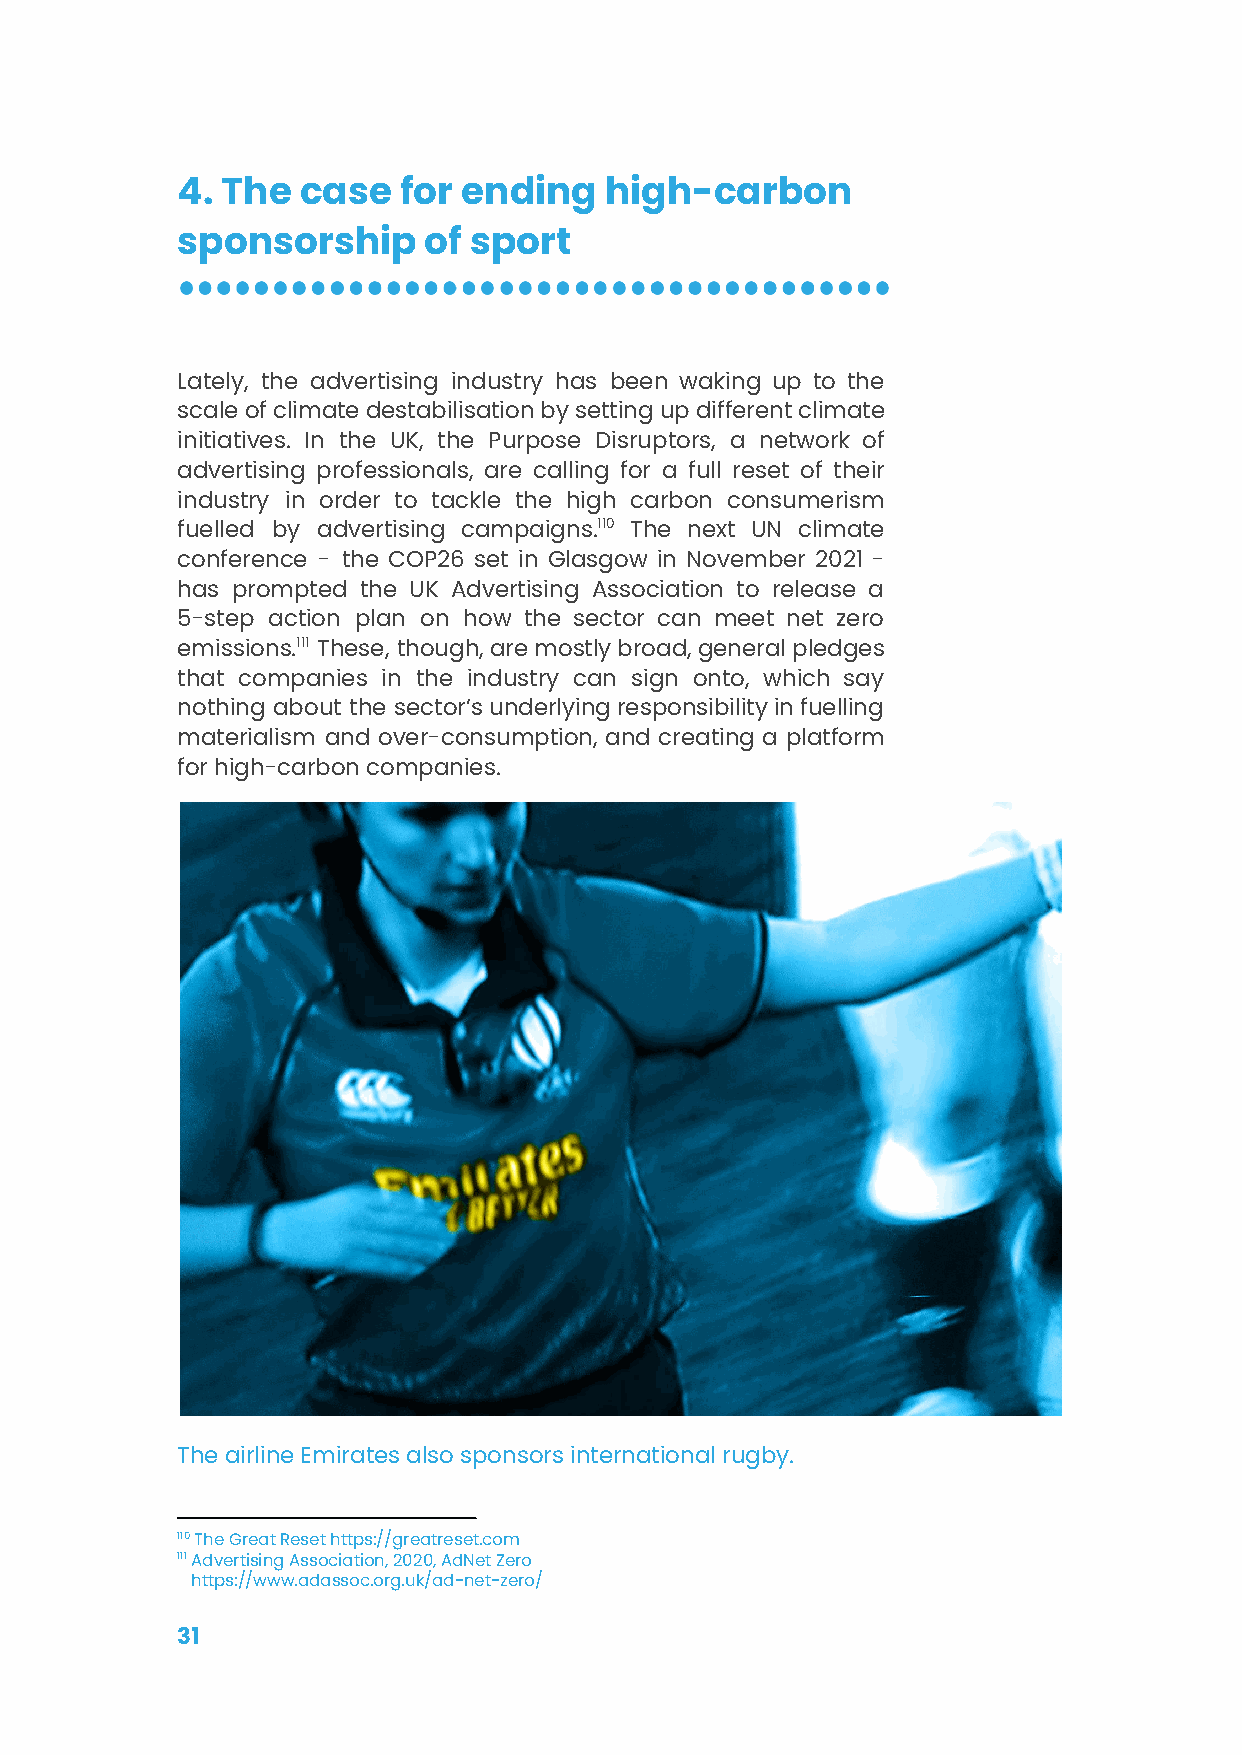
4. The  case  for  ending   high-carbon
 sponsorship     of sport
 Lately, the advertising industry has been waking up to the
 scaleofclimatedestabilisationbysettingupdifferentclimate
 initiatives. In the UK, the Purpose Disruptors, a network of
 advertising professionals, are calling for a full reset of their
 industry in order to tackle the high carbon consumerism
 fuelled by advertising campaigns.110 The next UN climate
 conference - the COP26 set in Glasgow in November 2021 -
 has prompted the UK Advertising Association to release a
 5-step action plan on how the sector can meet net zero
 emissions.111 These, though,aremostlybroad,generalpledges
 that companies in the industry can sign onto, which say
 nothing about the sector’sunderlyingresponsibilityinfuelling
 materialism and over-consumption, and creating a platform
 for high-carbon companies.
 The airline Emirates also sponsors international rugby.
 110The Great Resethttps://greatreset.com
 111Advertising Association, 2020, AdNet Zero
 https://www.adassoc.org.uk/ad-net-zero/
 31